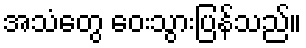
အသံတွေ ဝေးသွားပြန်သည်။